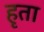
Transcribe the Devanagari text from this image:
हृता